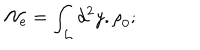
LaTeX: \mathcal { N } _ { e } = \int _ { \mathcal { L } } d ^ { 2 } y . \mathrm { \ r h o } _ { 0 } \mathrm { ; \quad }